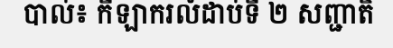
បាល់៖ កីឡាករលំដាប់ទី ២ សញ្ជាតិ